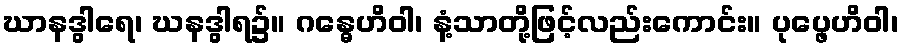
ဃာနဒွါရေ၊ ဃနဒွါရ၌။ ဂန္ဓေဟိဝါ၊ နံ့သာတို့ဖြင့်လည်းကောင်း။ ပုပ္ဖေဟိဝါ၊